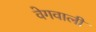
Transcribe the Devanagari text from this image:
वेगवाली